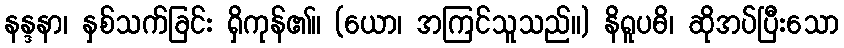
နန္ဒနာ၊ နှစ်သက်ခြင်း ရှိကုန်၏။ (ယော၊ အကြင်သူသည်။) နိရူပဓိ၊ ဆိုအပ်ပြီးသော